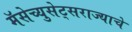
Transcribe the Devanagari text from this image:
मॅसेच्युसेट्सराज्याचे